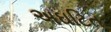
અઘટિત